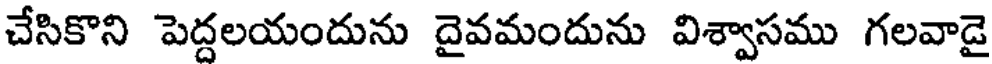
చేసికొని పెద్దలయందును దైవమందును విశ్వాసము గలవాడై